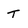
Character: t